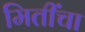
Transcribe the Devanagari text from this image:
मितींचा